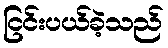
ငြင်းပယ်ခဲ့သည်